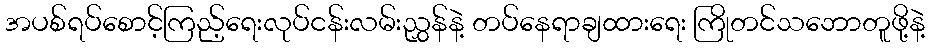
အပစ်ရပ်စောင့်ကြည့်ရေးလုပ်ငန်းလမ်းညွှန်နဲ့ တပ်နေရာချထားရေး ကြိုတင်သဘောတူဖို့နဲ့